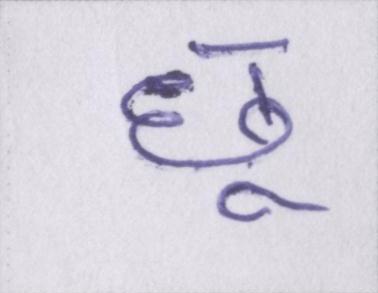
छू